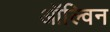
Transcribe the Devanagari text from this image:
ऑल्विन